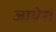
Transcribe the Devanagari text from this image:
जायेस